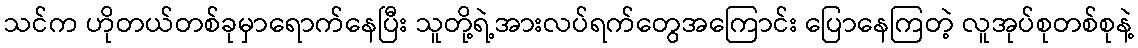
သင်က ဟိုတယ်တစ်ခုမှာရောက်နေပြီး သူတို့ရဲ့အားလပ်ရက်တွေအကြောင်း ပြောနေကြတဲ့ လူအုပ်စုတစ်စုနဲ့